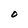
Character: O